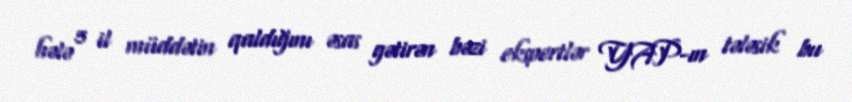
hələ 5 il müddətin qaldığını əsas gətirən bəzi ekspertlər YAP-ın tələsik bu